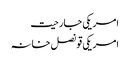
امریکی جارحیت
امریکی قونصل خانہ